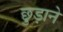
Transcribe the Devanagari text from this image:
छु़ड़ाने